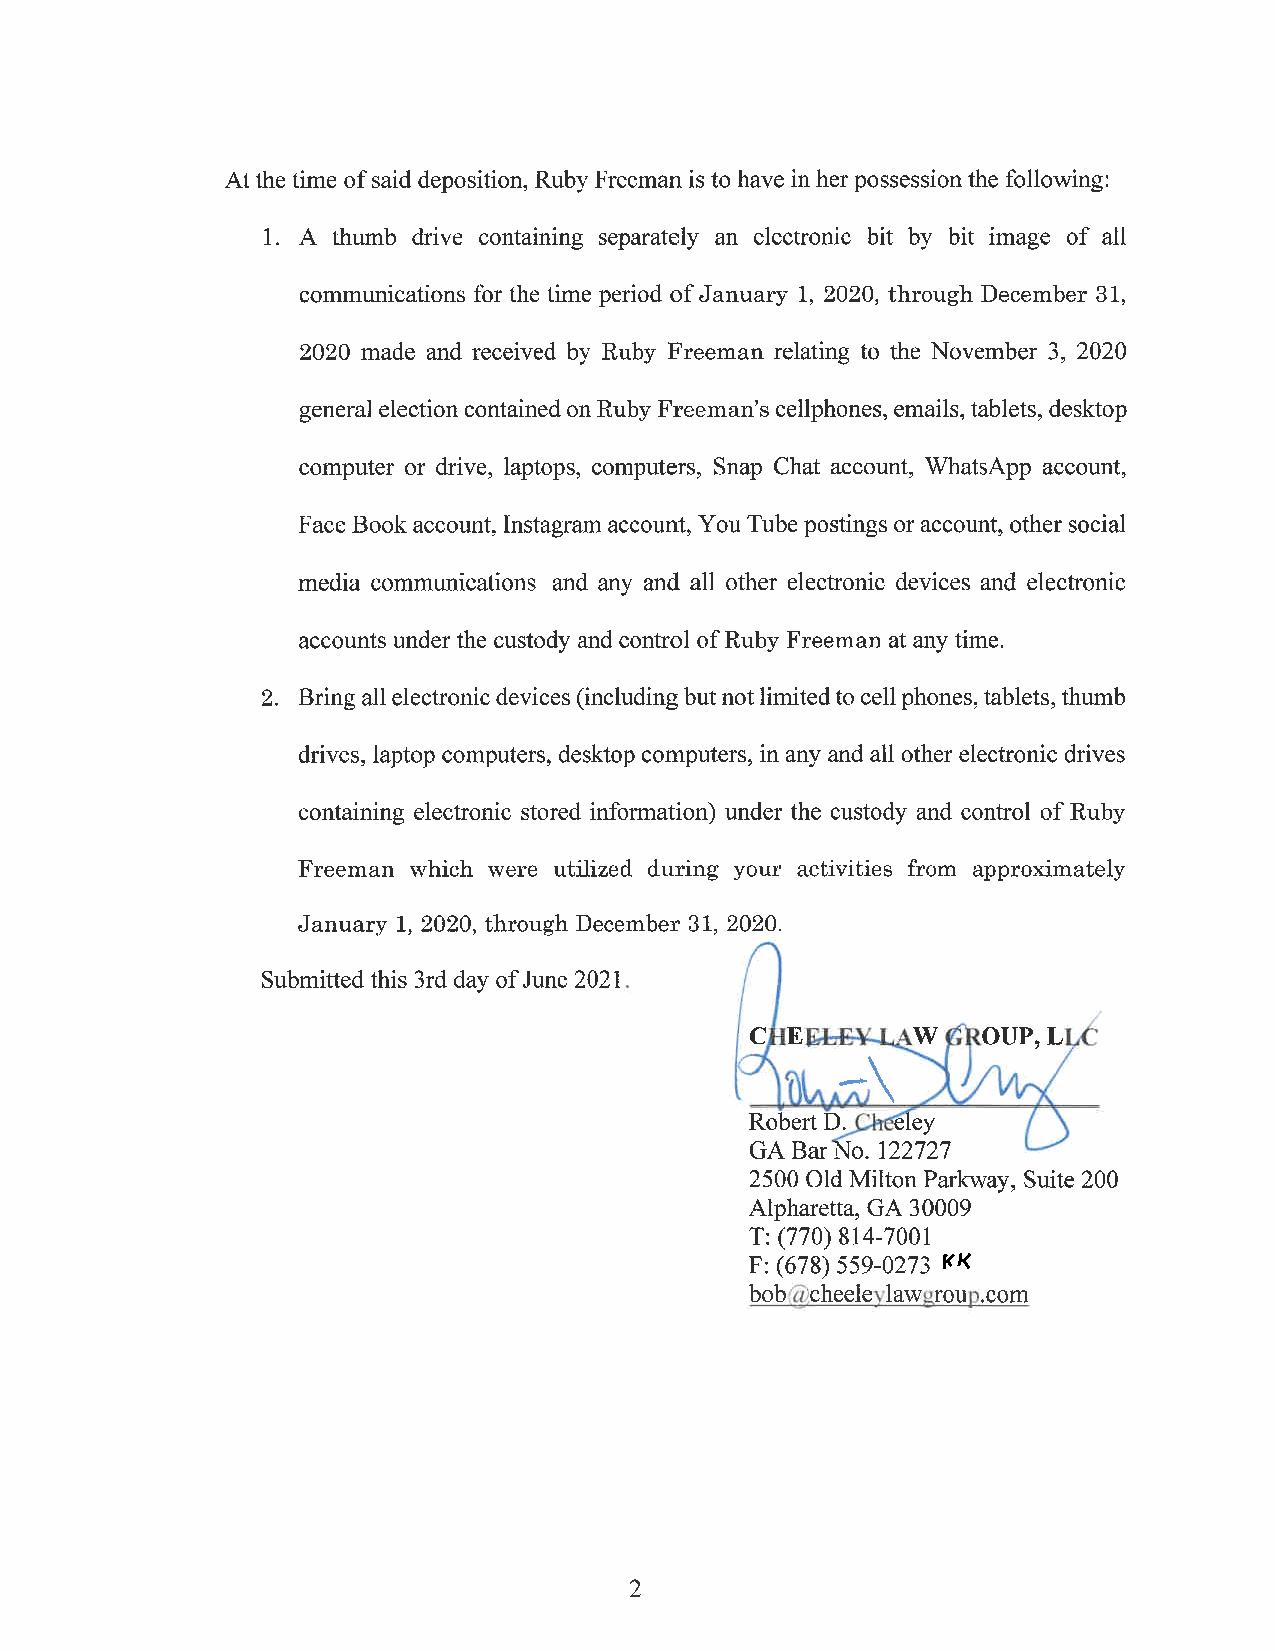
At the time ofsaid deposition, Ruby Freeman is to have in herpossessionthe following:
 1. A thumb drive containing separately an electronic bit by bit image of all
 communications for the time period ofJanuary 1, 2020, through December 81,
 2020 made and received by Ruby Freeman relating to the November 3, 2020
 general election containedonRuby Freeman’s cellphones, emails, tablets, desktop
 computer or drive, laptops, computers, Snap Chat account, WhatsApp account,
 Face Book account, Instagram account, YouTube postings or account, other social
 media communications and any and all other electronic devices and electronic
 accounts under the custody and control ofRuby Freeman at any time.
 Bring all electronicdevices (includingbutnotlimitedto cell phones, tablets, thumb
 drives, laptop computers, desktop computers, in any and all other electronic drives
 containing electronic stored information) under the custody and control of Ruby
 Freeman which were utilized during your activities from approximately
 January 1, 2020, through December 31, 2020.
 Submittedthis 3rd day ofJune 2021.
 L
 0UP,
 Robert D. éle
 GA Bar  122727
 2500 Old Milton Parkway, Suite 200
 Alpharetta, GA 30009
 T: (770) 814-7001
 F: (678) 559-0273
 bob@cheeleylawgroupcom